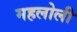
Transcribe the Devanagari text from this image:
महलोली